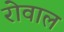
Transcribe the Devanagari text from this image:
रोवाल